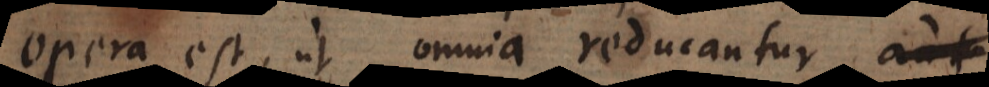
opera est, ut omnia reducantur aut